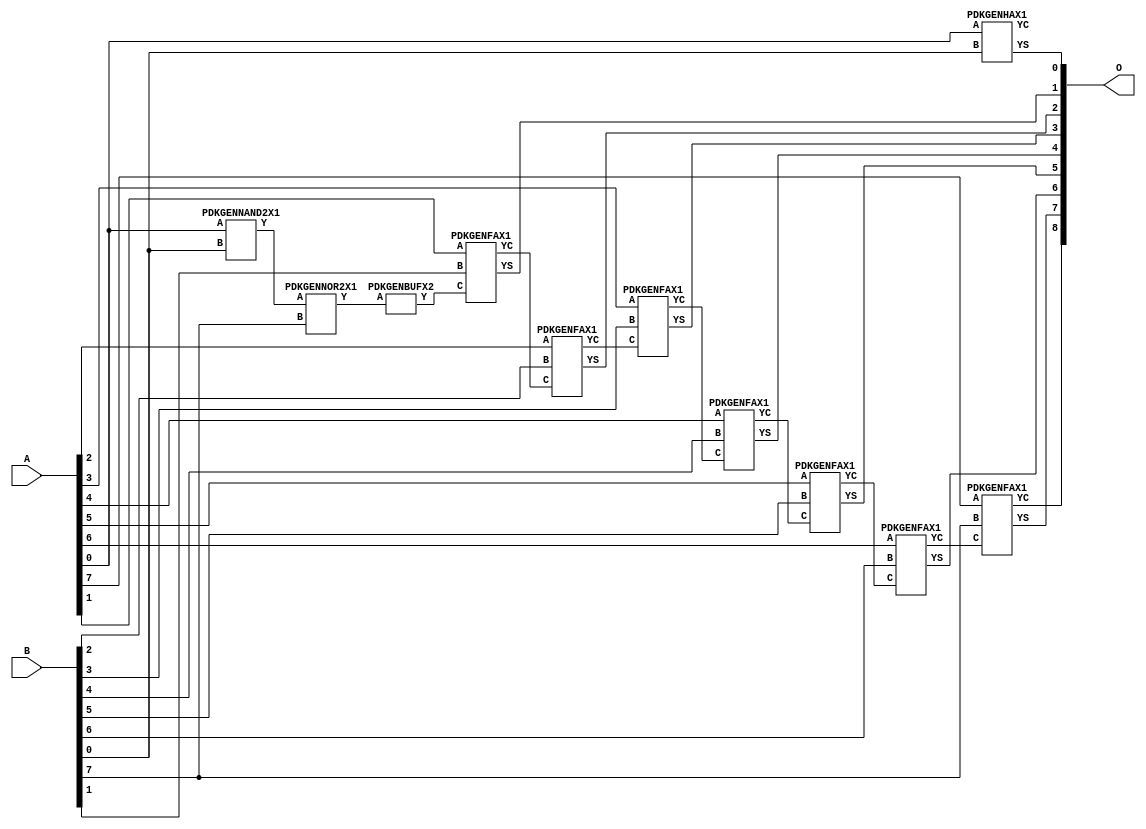
// Library = EvoApprox8b
// Circuit = add8_140
// Area   (180) = 992
// Delay  (180) = 1.770
// Power  (180) = 344.00
// Area   (45) = 74
// Delay  (45) = 0.660
// Power  (45) = 33.13
// Nodes = 11
// HD = 16320
// MAE = 0.25000
// MSE = 0.50000
// MRE = 0.08 %
// WCE = 2
// WCRE = 2 %
// EP = 12.5 %

module add8_140(A, B, O);
  input [7:0] A;
  input [7:0] B;
  output [8:0] O;
  wire [2031:0] N;

  assign N[0] = A[0];
  assign N[1] = A[0];
  assign N[2] = A[1];
  assign N[3] = A[1];
  assign N[4] = A[2];
  assign N[5] = A[2];
  assign N[6] = A[3];
  assign N[7] = A[3];
  assign N[8] = A[4];
  assign N[9] = A[4];
  assign N[10] = A[5];
  assign N[11] = A[5];
  assign N[12] = A[6];
  assign N[13] = A[6];
  assign N[14] = A[7];
  assign N[15] = A[7];
  assign N[16] = B[0];
  assign N[17] = B[0];
  assign N[18] = B[1];
  assign N[19] = B[1];
  assign N[20] = B[2];
  assign N[21] = B[2];
  assign N[22] = B[3];
  assign N[23] = B[3];
  assign N[24] = B[4];
  assign N[25] = B[4];
  assign N[26] = B[5];
  assign N[27] = B[5];
  assign N[28] = B[6];
  assign N[29] = B[6];
  assign N[30] = B[7];
  assign N[31] = B[7];

  PDKGENNAND2X1 n34(.A(N[0]), .B(N[16]), .Y(N[34]));
  assign N[35] = N[34];
  PDKGENNOR2X1 n56(.A(N[35]), .B(N[30]), .Y(N[56]));
  assign N[57] = N[56];
  PDKGENBUFX2 n70(.A(N[57]), .Y(N[70]));
  PDKGENHAX1 n76(.A(N[0]), .B(N[16]), .YS(N[76]), .YC(N[77]));
  PDKGENFAX1 n82(.A(N[2]), .B(N[18]), .C(N[70]), .YS(N[82]), .YC(N[83]));
  PDKGENFAX1 n132(.A(N[4]), .B(N[20]), .C(N[83]), .YS(N[132]), .YC(N[133]));
  PDKGENFAX1 n182(.A(N[6]), .B(N[22]), .C(N[133]), .YS(N[182]), .YC(N[183]));
  PDKGENFAX1 n232(.A(N[8]), .B(N[24]), .C(N[183]), .YS(N[232]), .YC(N[233]));
  PDKGENFAX1 n282(.A(N[10]), .B(N[26]), .C(N[233]), .YS(N[282]), .YC(N[283]));
  PDKGENFAX1 n332(.A(N[12]), .B(N[28]), .C(N[283]), .YS(N[332]), .YC(N[333]));
  PDKGENFAX1 n382(.A(N[14]), .B(N[30]), .C(N[333]), .YS(N[382]), .YC(N[383]));

  assign O[0] = N[76];
  assign O[1] = N[82];
  assign O[2] = N[132];
  assign O[3] = N[182];
  assign O[4] = N[232];
  assign O[5] = N[282];
  assign O[6] = N[332];
  assign O[7] = N[382];
  assign O[8] = N[383];

endmodule
/* mod */
module PDKGENHAX1( input A, input B, output YS, output YC );
    assign YS = A ^ B;
    assign YC = A & B;
endmodule
/* mod */
module PDKGENNOR2X1(input A, input B, output Y );
     assign Y = ~(A | B);
endmodule
/* mod */
module PDKGENFAX1( input A, input B, input C, output YS, output YC );
    assign YS = (A ^ B) ^ C;
    assign YC = (A & B) | (B & C) | (A & C);
endmodule
/* mod */
module PDKGENBUFX2(input A, output Y );
     assign Y = A;
endmodule
/* mod */
module PDKGENNAND2X1(input A, input B, output Y );
     assign Y = ~(A & B);
endmodule